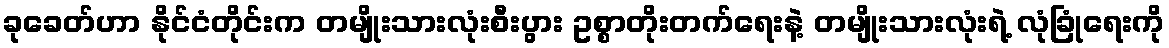
ခုခေတ်ဟာ နိုင်ငံတိုင်းက တမျိုးသားလုံးစီးပွား ဥစ္စာတိုးတက်ရေးနဲ့ တမျိုးသားလုံးရဲ့ လုံခြုံရေးကို